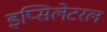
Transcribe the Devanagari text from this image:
इप्सिलेटरल